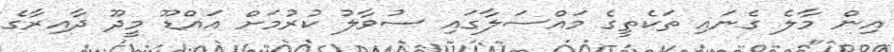
އިން މާލެ ގެނައި ތަކެތީގެ މައްސަލާގައި ސުވާލު ކުރުމަށް އައްޑޫ މީދޫ ދާއިރާގެ